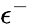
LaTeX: \epsilon^{-}